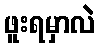
ဖူးရမှာလဲ